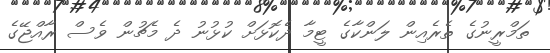
ތަމްރީނުގެ ތެރެއިން ލަންކާގެ ޓީމާ ދެކޮޅަށް ކުޅުނު ދެ މެޗުން ވެސް ރާއްޖޭގެ